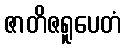
ဇာတိဇရူပေတံ